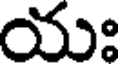
యః